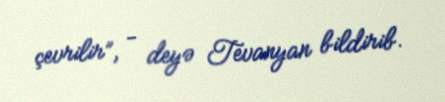
çevrilir”, - deyə Tevanyan bildirib.